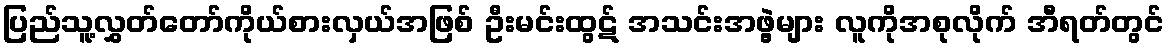
ပြည်သူ့လွှတ်တော်ကိုယ်စားလှယ်အဖြစ် ဦးမင်းထွဋ် အသင်းအဖွဲ့များ လူကိုအစုလိုက် အီရတ်တွင်